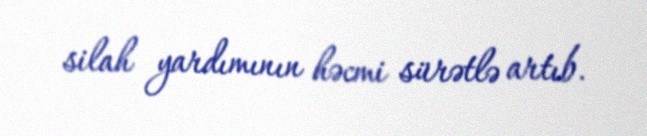
silah yardımının həcmi sürətlə artıb.